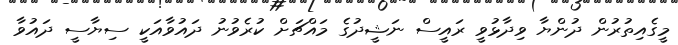
މީގެއިތުރުން ދުންޔާ ވިދާޅުވީ ރައީސް ނަޝީދުގެ މައްޗަށް ކުރެވުނު ދައުވާއަކީ ސިޔާސީ ދައުވާ